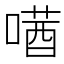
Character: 𫫛